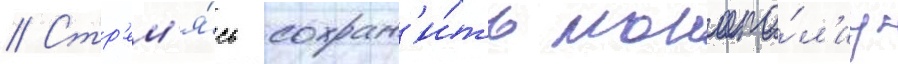
// Стр'ем'я́сь сохран'и́ть монопо́л'иу